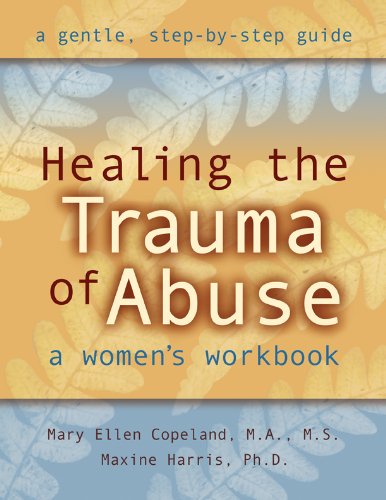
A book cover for Healing the Trauma of Abuse: A Women's Workbook; Mary Ellen Copeland MS  MA; Self-Help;